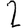
Digit: 2